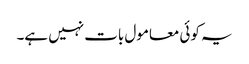
یہ کوئی معامول بات نہیں ہے۔